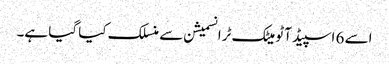
اسے 6 اسپیڈ آٹو میٹک ٹرانسمیشن سے منسلک کیا گیا ہے۔